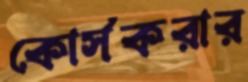
কোর্সকরার